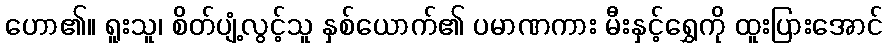
ဟော၏။ ရူးသူ၊ စိတ်ပျံ့လွင့်သူ နှစ်ယောက်၏ ပမာဏကား မီးနှင့်ရွှေကို ထူးပြားအောင်